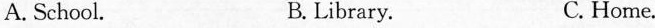
A. School. B. Library. C. Home.